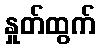
နှုတ်ထွက်